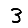
Digit: 3